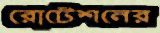
রোটেশনের